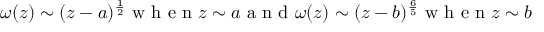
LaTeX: \qquad \omega ( z ) \sim ( z - a ) ^ { \frac { 1 } { 2 } } \makebox { w h e n } z \sim a \makebox { a n d } \omega ( z ) \sim ( z - b ) ^ { \frac { 6 } { 5 } } \makebox { w h e n } z \sim b